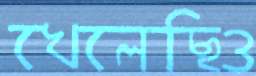
খেলেছিও